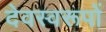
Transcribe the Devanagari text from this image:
देवस्वरूपों